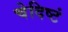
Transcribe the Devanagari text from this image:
चेदिष्टं